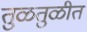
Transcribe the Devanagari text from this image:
तुळतुळीत